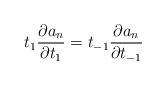
LaTeX: \begin{align*}t_{1}\frac{\partial a_{n}}{\partial t_{1}}=t_{-1}\frac{\partial a_{n}}{\partial t_{-1}}\end{align*}